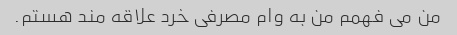
من می فهمم من به وام مصرفی خرد علاقه مند هستم.